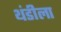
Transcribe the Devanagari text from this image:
थंडीला